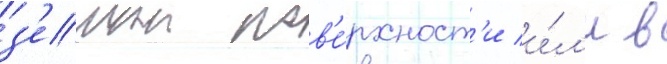
з'емнои пов'е́рхност'и и́л'и в